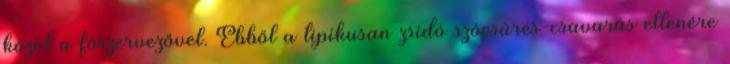
közöl a főszervezővel. Ebből a tipikusan zsidó szócsűrés-csavarás ellenére